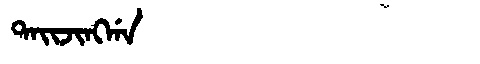
Manchu: ᡨᠠᡳᠵᡳᠩᡤᠠ
Romanization: TAIJINGGA